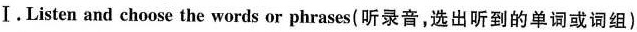
Ⅰ.Listen and choose the words or phrases(听录音,选出听到的单词或词组)